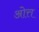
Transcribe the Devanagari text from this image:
ओत्त